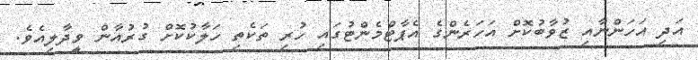
އަދި އަހަންނާއި ޒުވާބުކޮށް އަހަރެންގެ އެޕާޓްމެންޓުގައި ހުރި ތަކެތި ހަލާކުކޮށް ގުރުއާން ވީދާލިއެވެ.